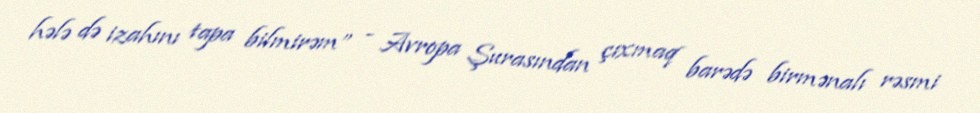
hələ də izahını tapa bilmirəm” - Avropa Şurasından çıxmaq barədə birmənalı rəsmi